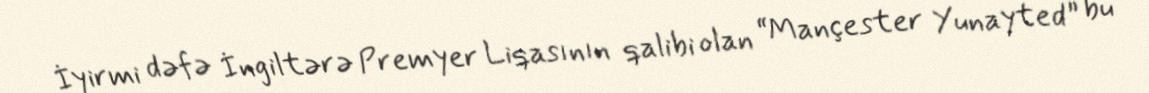
İyirmi dəfə İngiltərə Premyer Liqasının qalibi olan “Mançester Yunayted” bu